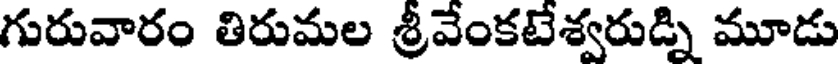
గురువారం తిరుమల శ్రీవేంకటేశ్వరుడ్ని మూడు